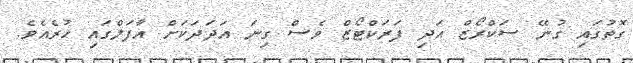
ގޮތުގައި ގުނޭ ސަކްރޯޒް އަދި ފަރަކްޓޯޒް ވެސް ގިނަ އަދަދަކަށް އާފަލްގައި ހުރެއެވެ.